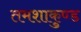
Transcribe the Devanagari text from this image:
तमशाकुण्ड